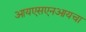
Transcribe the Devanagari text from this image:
आयएसएनआयचा